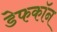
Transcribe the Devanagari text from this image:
डेफकॉन